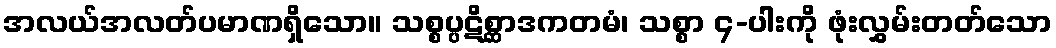
အလယ်အလတ်ပမာဏရှိသော။ သစ္စပ္ပဋိစ္ဆာဒကတမံ၊ သစ္စာ ၄-ပါးကို ဖုံးလွှမ်းတတ်သော